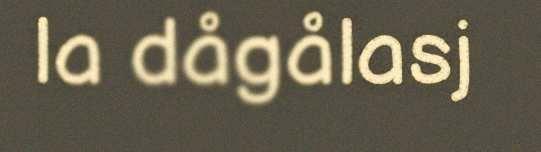
la dågålasj